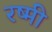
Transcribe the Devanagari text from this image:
रष्मी